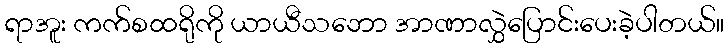
ရာအူး ကက်စထရိုကို ယာယီသဘော အာဏာလွှဲပြောင်းပေးခဲ့ပါတယ်။